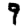
Digit: 9